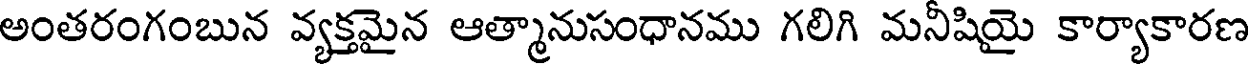
అంతరంగంబున వ్యక్తమైన ఆత్మానుసంధానము గలిగి మనీషియై కార్యాకారణ